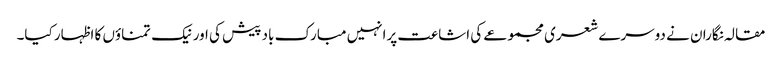
مقالہ نگاران نے دوسرے شعری مجموعے کی اشاعت پرانہیں مبارک باد پیش کی اور نیک تمناؤں کا اظہار کیا۔